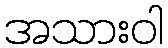
အသားဝါ